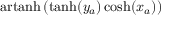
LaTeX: \operatorname { a r t a n h } \left( \operatorname { t a n h } ( y _ { a } ) \cosh ( x _ { a } ) \right)